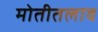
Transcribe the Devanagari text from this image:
मोतीतलाव